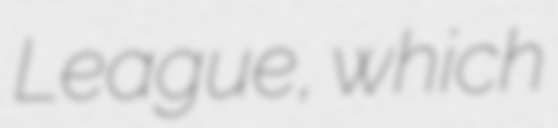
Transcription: League, which